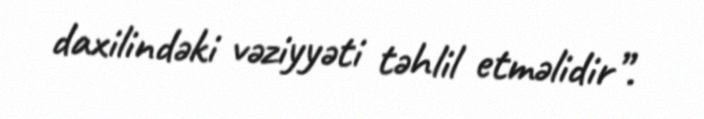
daxilindəki vəziyyəti təhlil etməlidir”.